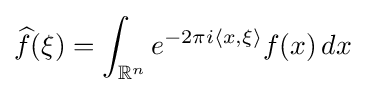
{\widehat {f}}(\xi )=\int _{\mathbb {R} ^{n}}e^{-2\pi i\langle x,\xi \rangle }f(x)\,dx